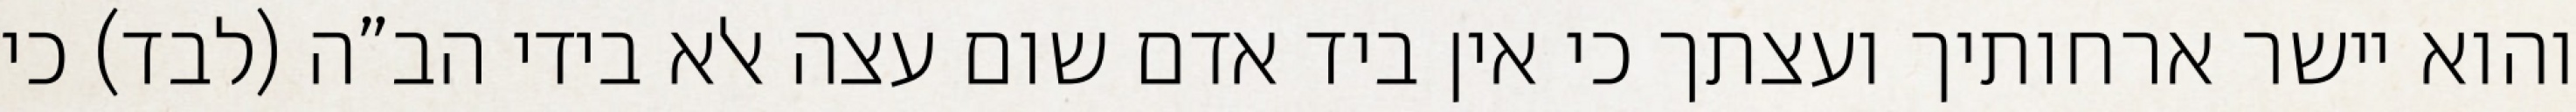
והוא יישר ארחותיך ועצתך כי אין ביד אדם שום עצה אלא בידי הב”ה (לבד) כי